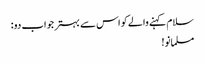
سلام کہنے والے کو اس سے بہتر جواب دو :
مسلمانو!